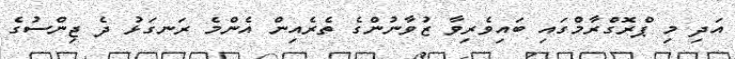
އަދި މި ޕްރޮގްރާމްގައި ބައިވެރިވާ ޒުވާނުންގެ ތެރެއިން އެންމެ ރަނގަޅު ދެ ޖިންސުގެ